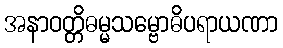
အနာဝတ္တိဓမ္မသမ္ဗောဓိပရာယဏာ